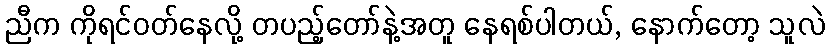
ညီက ကိုရင်ဝတ်နေလို့ တပည့်တော်နဲ့အတူ နေရစ်ပါတယ်, နောက်တော့ သူလဲ